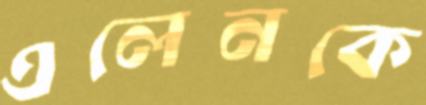
এলেনকে